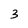
Character: 3